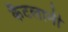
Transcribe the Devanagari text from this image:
कैटलानी